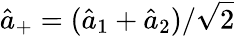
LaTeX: \hat{a}_{+}=(\hat{a}_{1}+\hat{a}_{2})/\sqrt{2}